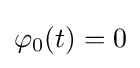
\varphi _{0}(t)=0